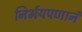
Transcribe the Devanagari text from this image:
निर्भयपणानं